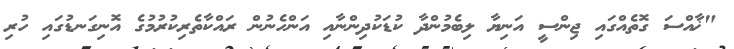
"ޚާއްސަ ގޮތެއްގައި ޖިންސީ އަނިޔާ ލިބެމުންދާ ކުޑަކުދިންނާއި އަންހެނުން ރައްކާތެރިކުރުމުގެ އޮނިގަނޑުގައި ހުރި